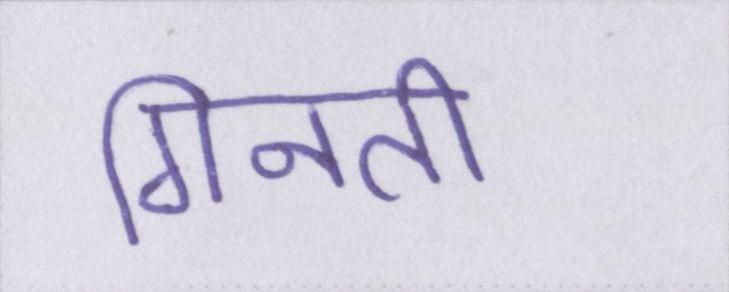
गिनती